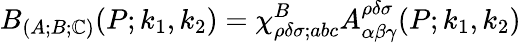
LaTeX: B_{(A;B;\mathbb{C})}(P;k_{1},k_{2})=\chi_{\rho\delta\sigma;abc}^{B}A_{\alpha\beta\gamma}^{\rho\delta\sigma}(P;k_{1},k_{2})